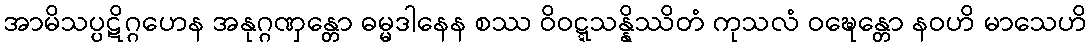
အာမိသပ္ပဋိဂ္ဂဟေန အနုဂ္ဂဏှန္တော ဓမ္မဒါနေန စဿ ဝိဝဋ္ဋသန္နိဿိတံ ကုသလံ ဝဍ္ဎေန္တော နဝဟိ မာသေဟိ